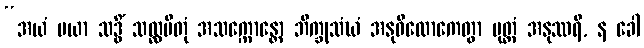
“အယံ မယာ သဒ္ဓိံ သလ္လပိတုံ အသက္ကောန္တော ဘိက္ခုသံဃံ အနုဝိလောကေတွာ ပုတ္တံ အနုဿရိ, န ခေါ